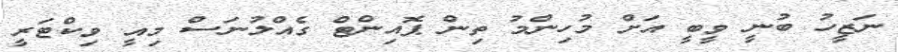
ނަޒީހު ބުނީ ވީބީ އަށް މުހިންމު ތިން ޕޮއިންޓް ގެއްލުނަސް މިއީ ވިކްޓަރީ